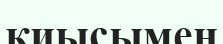
қиысымен